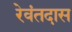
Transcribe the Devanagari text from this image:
रेवंतदास